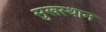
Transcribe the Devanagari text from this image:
सुखस्थान